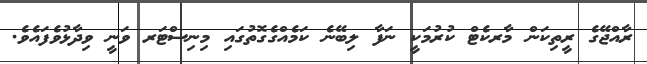
ރާއްޖޭގެ ރީތިކަން މާރކެޓް ކުރުމަކީ ނަފާ ލިބޭނެ ކަމެއްގެގޮތުގައި މިނިސްޓަރ ވަނީ ވިދާޅުވެފައެވެ.